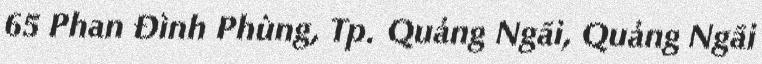
65 Phan Đình Phùng, Tp. Quảng Ngãi, Quảng Ngãi